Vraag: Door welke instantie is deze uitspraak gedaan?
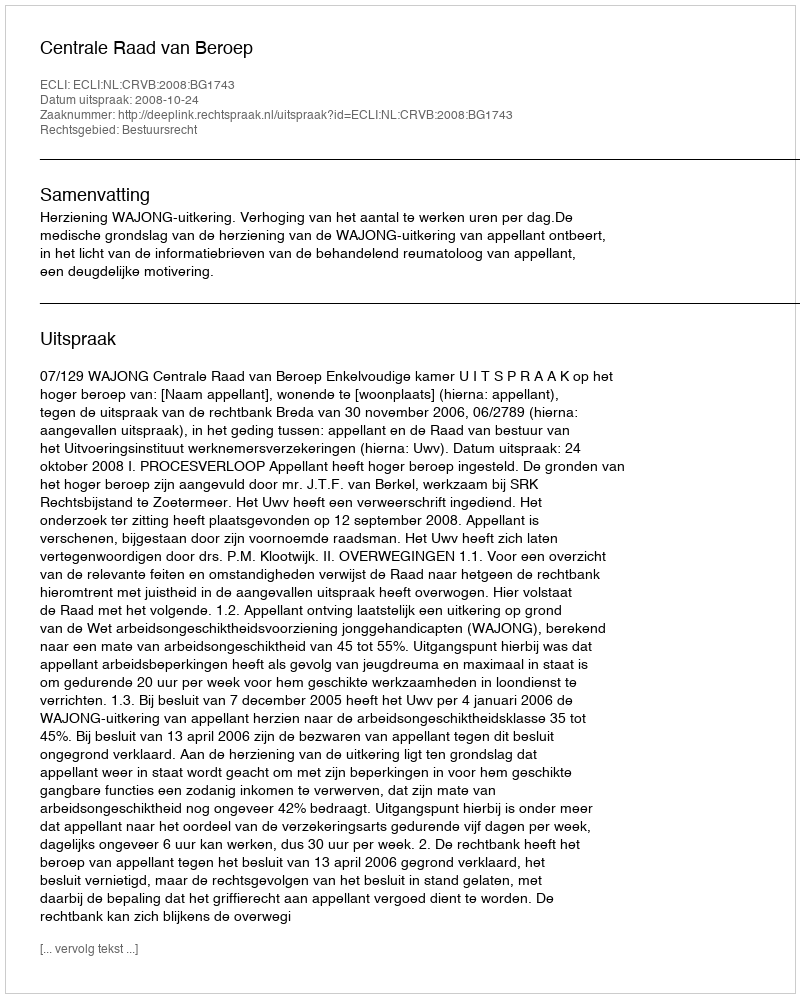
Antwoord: Centrale Raad van Beroep